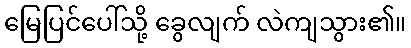
မြေပြင်ပေါ်သို့ ခွေလျက် လဲကျသွား၏။